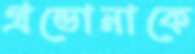
গ্রন্ডোনাকে